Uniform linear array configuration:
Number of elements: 32
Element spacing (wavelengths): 1
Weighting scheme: binomial
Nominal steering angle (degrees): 60
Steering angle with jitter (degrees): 59.339
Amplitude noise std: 0.05
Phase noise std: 0.05

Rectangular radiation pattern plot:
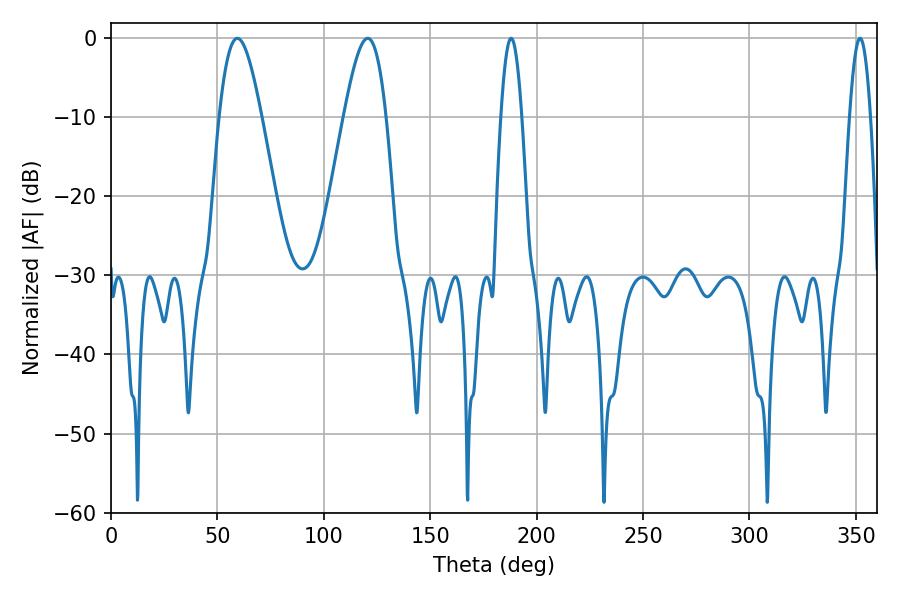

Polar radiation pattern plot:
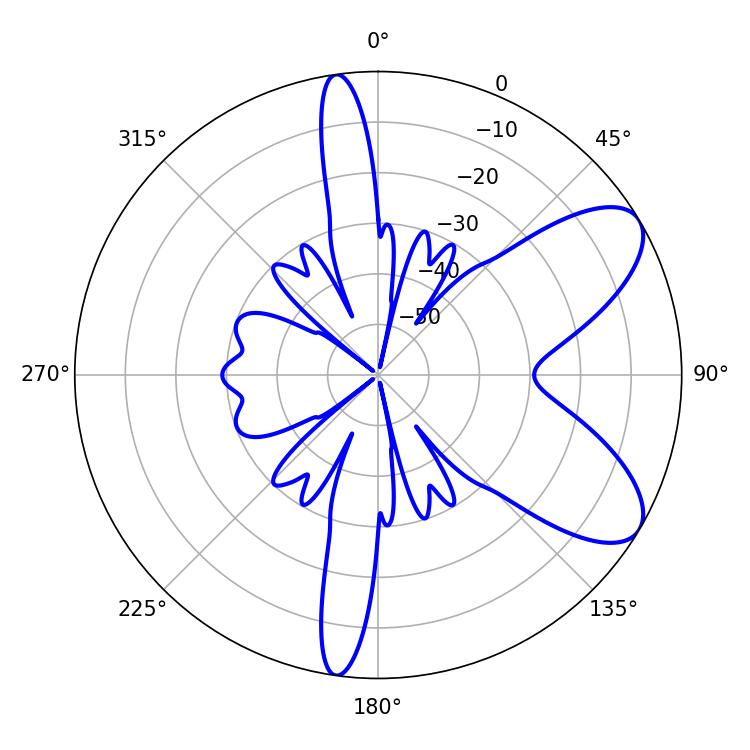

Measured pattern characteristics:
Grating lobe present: TRUE
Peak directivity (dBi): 7.903
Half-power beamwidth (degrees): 10.62
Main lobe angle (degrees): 59.4